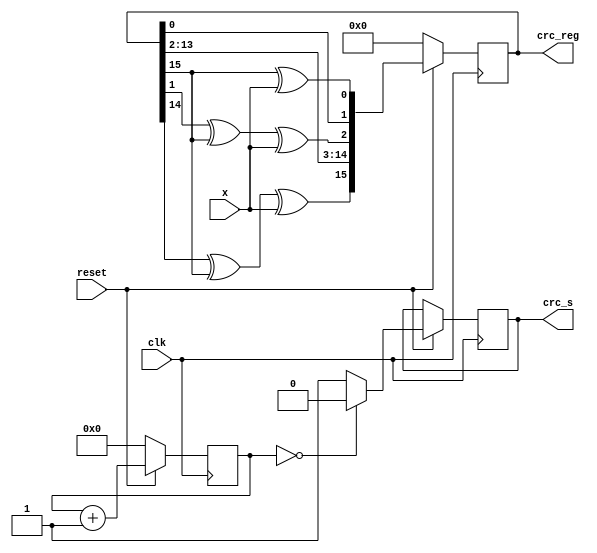
`timescale 1ns / 1ps
//////////////////////////////////////////////////////////////////////////////////
// Company: 
// Engineer: 
// 
// Design Name: 
// Module Name:    crc_16 
// Project Name: 
// Target Devices: 
// Tool versions: 
// Description: 
//
// Dependencies: 
//
// Revision: 
// Revision 0.01 - File Created
// Additional Comments: 
//
//////////////////////////////////////////////////////////////////////////////////
module crc_16(clk, reset, x, crc_reg, crc_s);
input clk;            //
input reset;          // 
input x;             //
output [15:0] crc_reg; //CRC
output crc_s;   //CRC

reg [15:0] crc_reg;
reg crc_s;
reg [3:0] cnt;
wire [15:0] crc_enc;

always @(posedge clk) begin
	if(!reset) begin
		crc_reg <= 0;
		cnt <= 0;
	end
	else begin
	   crc_reg <= crc_enc;
		cnt <= cnt +1;
		if(cnt == 0)
		  crc_s <= 0;
		else
		  crc_s <= 1;
	end
end

assign crc_enc[0] = crc_reg[15]^x;
assign crc_enc[1] = crc_reg[0];
assign crc_enc[2] = crc_reg[1]^crc_reg[15]^x;
assign crc_enc[14:3] = crc_reg[13:2];
assign crc_enc[15] = crc_reg[14]^crc_reg[15]^x;

endmodule